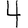
Digit: 4